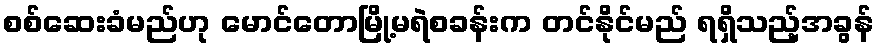
စစ်ဆေးခံမည်ဟု မောင်တောမြို့မရဲစခန်းက တင်နိုင်မည် ရရှိသည့်အခွန်